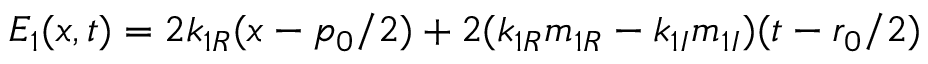
E _ { 1 } ( x , t ) = 2 k _ { 1 R } ( x - { p _ { 0 } } / { 2 } ) + 2 ( k _ { 1 R } m _ { 1 R } - k _ { 1 I } m _ { 1 I } ) ( t - { r _ { 0 } } / { 2 } )